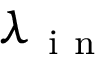
\lambda _ { \mathrm { ~ i ~ n ~ } }